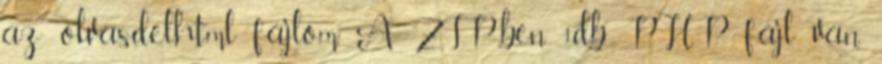
az olvasdel.html fájlom. A ZIP-ben 1db PHP fájl van.